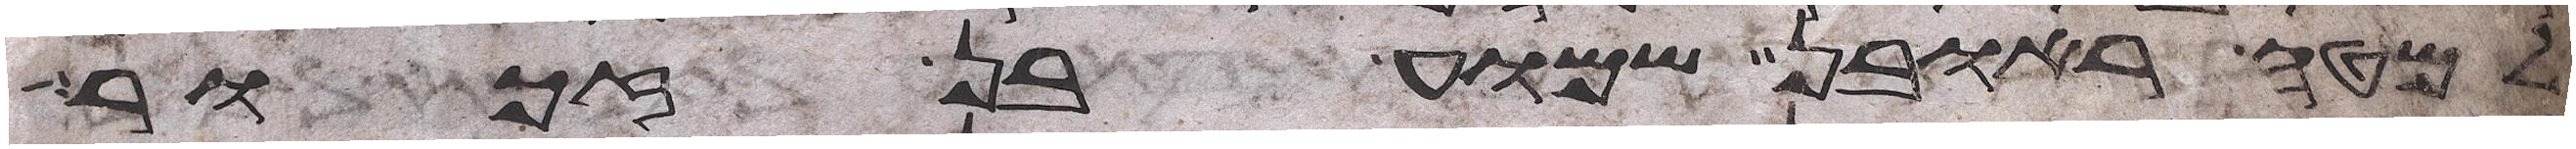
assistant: למטה ראובן שמוע בן זכור